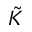
\tilde { K }